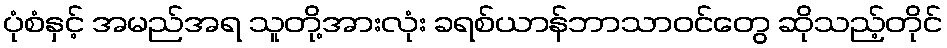
ပုံစံနှင့် အမည်အရ သူတို့အားလုံး ခရစ်ယာန်ဘာသာဝင်တွေ ဆိုသည့်တိုင်